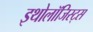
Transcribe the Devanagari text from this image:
इथोलॉजिस्ट्स